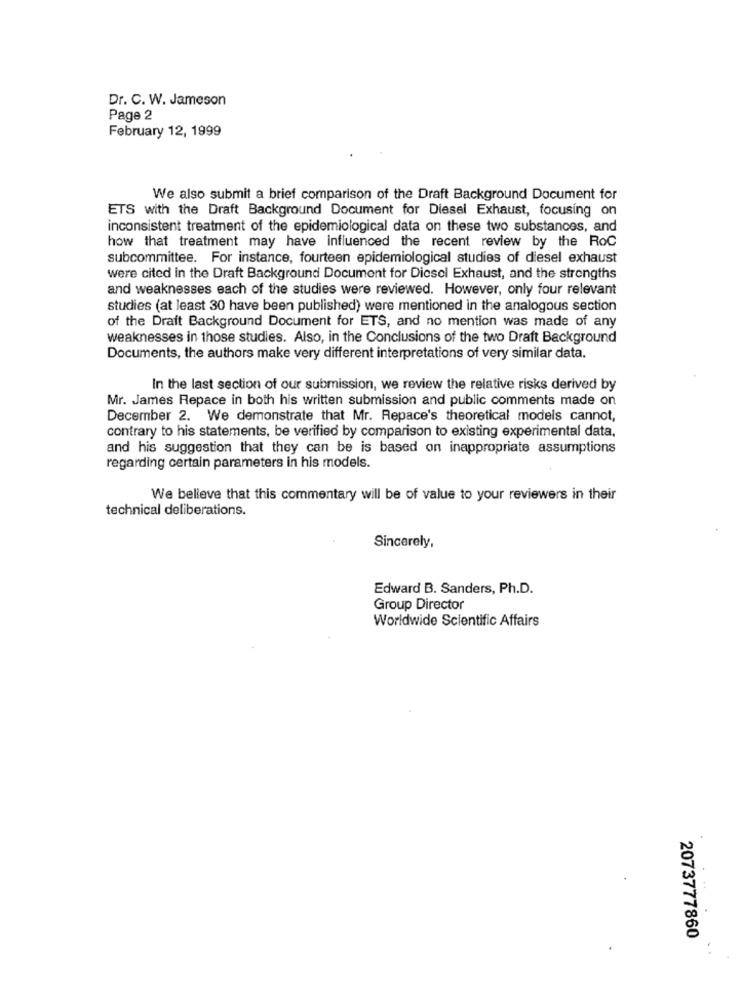
Dr. C. W. Jameson
Page 2
February 12, 1999
We also submit a brief comparison of the Draft Background Document for
ETS with the Draft Background Document for Diesel Exhaust, focusing on
inconsistent treatment of the epidemiological data on these two substances, and
how that treatment may have influenced the recent review by the RoC
subcommittee. For instance, fourteen epidemiological studies of diesel exhaust
were cited in the Draft Background Document for Diesel Exhaust, and the strengths
and weaknesses each of the studies were reviewed. However, only four relevant
studies (at least 30 have been published) were mentioned in the analogous section
of the Draft Background Document for ETS, and no mention was made of any
weaknesses in those studies. Also, in the Conclusions of the two Draft Background
Documents, the authors make very different interpretations of very similar data.
In the last section of our submission, we review the relative risks derived by
Mr. James Repace in both his written submission and public comments made on
December 2. We demonstrate that Mr. Repace's theoretical models cannot,
contrary to his statements, be verified by comparison to existing experimental data,
and his suggestion that they can be is based on inappropriate assumptions
regarding certain parameters in his models.
We believe that this commentary will be of value to your reviewers in their
technical deliberations.
Sincerely,
Edward B. Sanders, Ph.D.
Group Director
Worldwide Scientific Affairs
2073777860